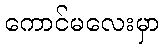
ကောင်မလေးမှာ